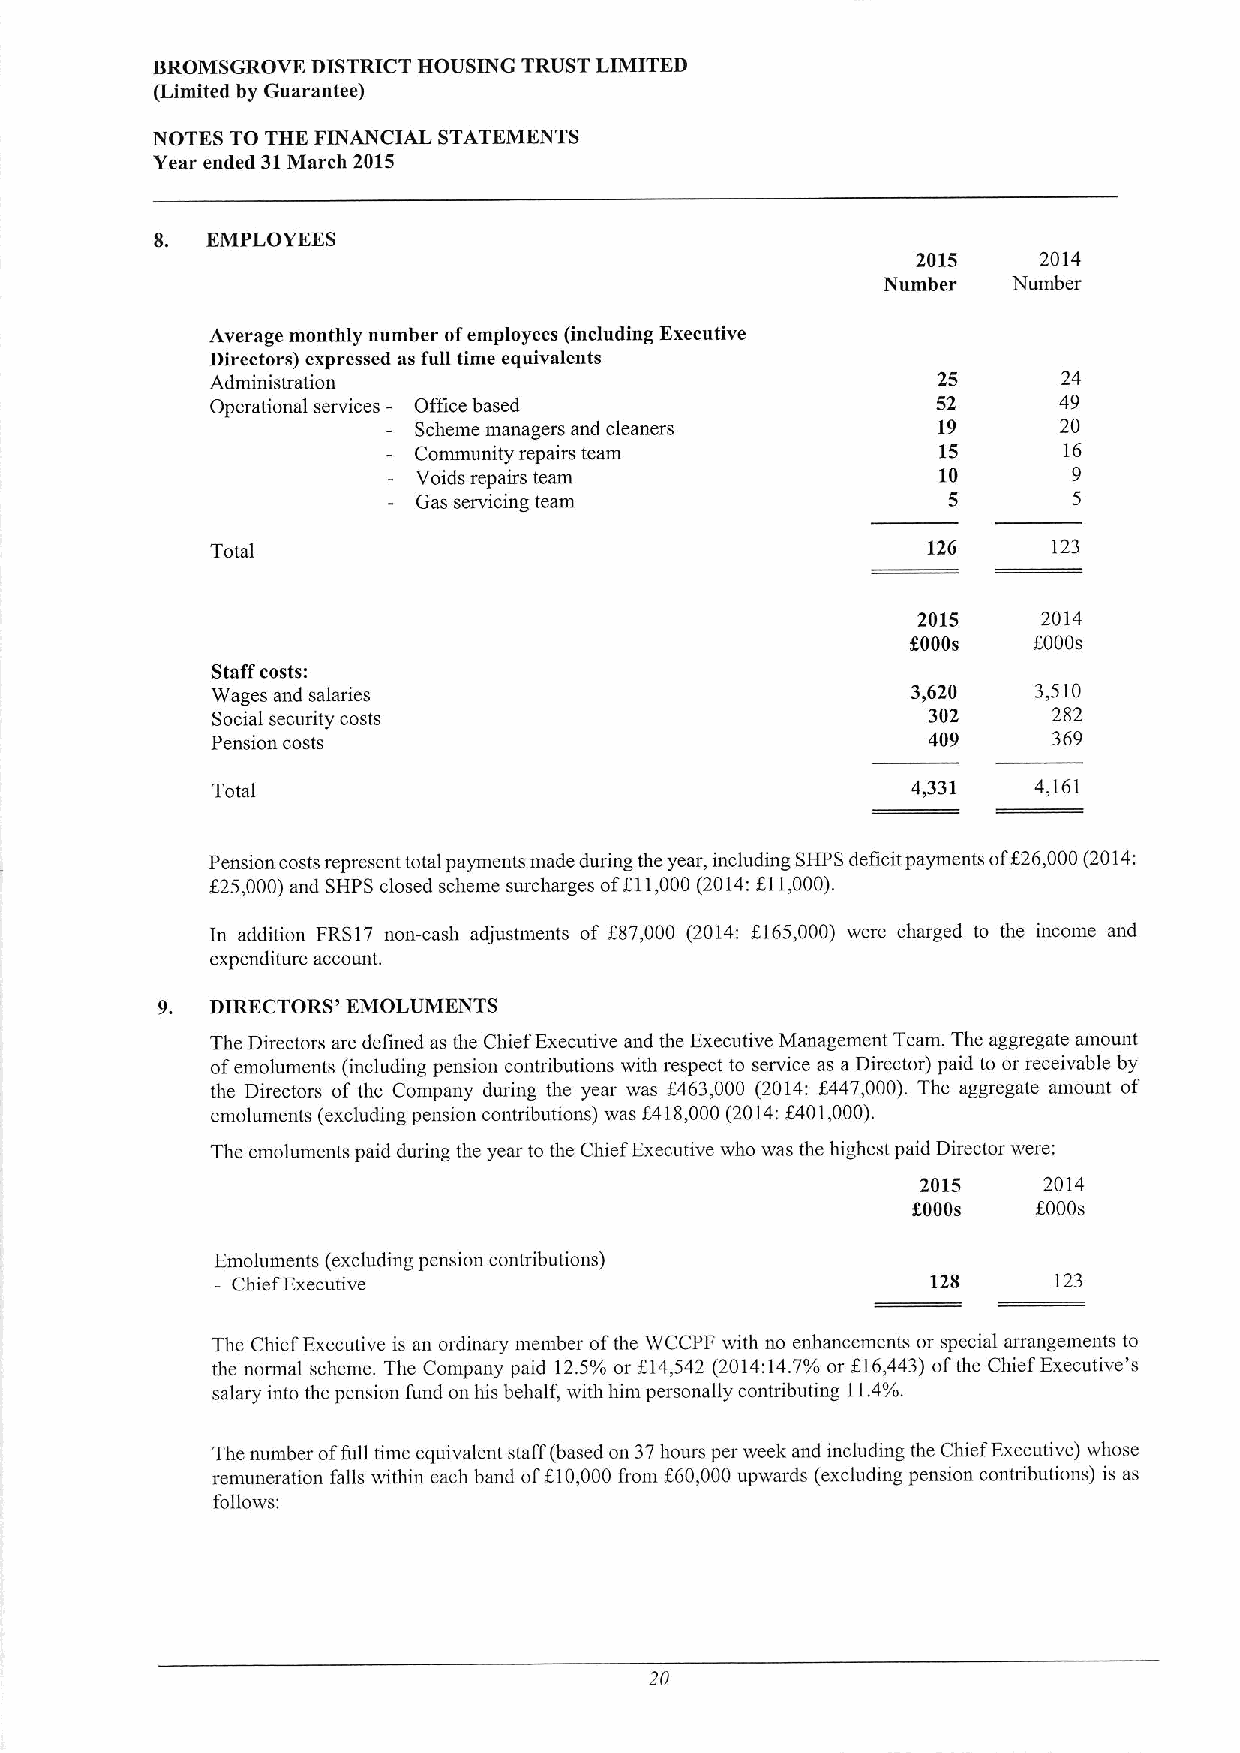
BROMSGROVE DISTRICT HOUSING TRUST LIMITED
 (Limited by Guarantee)
 NOTES TO THE FINANCIAL STATEMENTS
 Year ended 31March 2015
 8.  EMPLOYEES
 2015    2014
 Number   Number
 Average monthly number ofemployees (including Executive
 Directors) cxprcssed as full time equivalents
 Administration                                  25      24
 Operational services - Office based             52      49
 Scheme managers and cleaners       19      20
 Community repairs team             15      16
 Voids repairs team                 10       9
 Gas servicing team                 5       5
 Total                                          126      123
 2015    2014
 5000s   6000s
 Staff costs:
 Wages and salaries                            3,620    3,510
 Social security costs                          302      282
 Pension costs                                  409      369
 Total                                         4,331   4,161
 Pension costs represent total payments made during the year, including SHPS deficit payments
 off26000(2014:
 f25,000)and SHPS closed scheme surcharges of611,000 (2014:611,000).
 In addition FRS17 non-cash adjustments of f87,000 (2014: 6165,000) were charged to the income and
 expenditure account.
 9.  DIRECTORS' EMOLUMENTS
 The Directors are defined as the Chief Executive and the Executive Management Team. The aggregate amount
 ofemoluments (including pension contributions with respect to service as a Director) paid to or receivable by
 the Directors of the Company dunng the year was f463,000 (2014: 6447,000). The aggregate amount of
 emoluments (excluding pension contributions) was f418,000 (2014:f401,000).
 The emoluments paid during the year to the Chief Executive who was the highest paid Director were:
 2015    2014
 5000s    f000s
 Emoluments (excluding pension contributions)
 —Chief Executive                                128     123
 The Chief Executive is an ordinary member ofthe WCCPF with no enhancements or special arrangements to
 the normal scheme. The Company paid 12.5% or f14,542 (2014:14.7%or 616,443) ofthe Chief Executive's
 salary into the pension fund on lus behalf, with him personally contributing 11.4%.
 The number offull time equivalent staff (based on 37hours per week and including the Chief Executive) whose
 remuneration falls within each band off,10,000 from f60,000 upwards (excluding pension contributions) is as
 follows:
 20